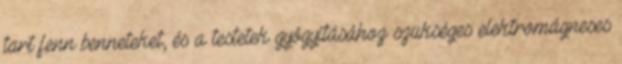
tart fenn benneteket, és a testetek gyógyításához szükséges elektromágneses